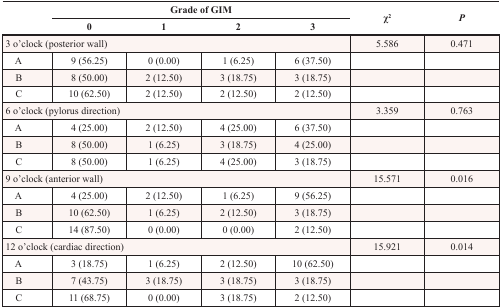
<table><thead><tr><td rowspan="2"></td><td colspan="4"><b>Grade of GIM</b></td><td rowspan="2"><b>χ<sup>2</sup></b></td><td rowspan="2"><b><i>P</i></b></td></tr><tr><td><b>0</b></td><td><b>1</b></td><td><b>2</b></td><td><b>3</b></td></tr></thead><tbody><tr><td colspan="5">3 o&#x27;clock (posterior wall)</td><td>5.586</td><td>0.471</td></tr><tr><td> A</td><td>9 (56.25)</td><td>0 (0.00)</td><td>1 (6.25)</td><td>6 (37.50)</td><td></td><td></td></tr><tr><td> B</td><td>8 (50.00)</td><td>2 (12.50)</td><td>3 (18.75)</td><td>3 (18.75)</td><td></td><td></td></tr><tr><td> C</td><td>10 (62.50)</td><td>2 (12.50)</td><td>2 (12.50)</td><td>2 (12.50)</td><td></td><td></td></tr><tr><td colspan="5">6 o&#x27;clock (pylorus direction)</td><td>3.359</td><td>0.763</td></tr><tr><td> A</td><td>4 (25.00)</td><td>2 (12.50)</td><td>4 (25.00)</td><td>6 (37.50)</td><td></td><td></td></tr><tr><td> B</td><td>8 (50.00)</td><td>1 (6.25)</td><td>3 (18.75)</td><td>4 (25.00)</td><td></td><td></td></tr><tr><td> C</td><td>8 (50.00)</td><td>1 (6.25)</td><td>4 (25.00)</td><td>3 (18.75)</td><td></td><td></td></tr><tr><td colspan="5">9 o&#x27;clock (anterior wall)</td><td>15.571</td><td>0.016</td></tr><tr><td> A</td><td>4 (25.00)</td><td>2 (12.50)</td><td>1 (6.25)</td><td>9 (56.25)</td><td></td><td></td></tr><tr><td> B</td><td>10 (62.50)</td><td>1 (6.25)</td><td>2 (12.50)</td><td>3 (18.75)</td><td></td><td></td></tr><tr><td> C</td><td>14 (87.50)</td><td>0 (0.00)</td><td>0 (0.00)</td><td>2 (12.50)</td><td></td><td></td></tr><tr><td colspan="5">12 o&#x27;clock (cardiac direction)</td><td>15.921</td><td>0.014</td></tr><tr><td> A</td><td>3 (18.75)</td><td>1 (6.25)</td><td>2 (12.50)</td><td>10 (62.50)</td><td></td><td></td></tr><tr><td> B</td><td>7 (43.75)</td><td>3 (18.75)</td><td>3 (18.75)</td><td>3 (18.75)</td><td></td><td></td></tr><tr><td> C</td><td>11 (68.75)</td><td>0 (0.00)</td><td>3 (18.75)</td><td>2 (12.50)</td><td></td><td></td></tr></tbody></table>